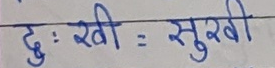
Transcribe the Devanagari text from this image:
दुः : खी = सुरखी